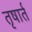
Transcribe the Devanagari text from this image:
तृषार्त